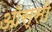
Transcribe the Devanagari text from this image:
ऑस्सी